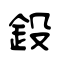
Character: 鈠